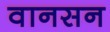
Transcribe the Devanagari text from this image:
वानसन